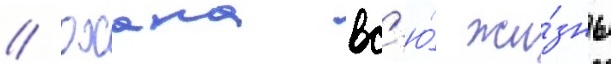
// Охана вс'ю́ жи́знь